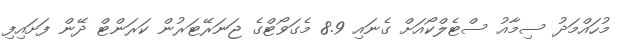
މުހައްމަދު ސިމާއު ސްޓެލްކޯއަށް ގެނައި 8.9 މެގަވޯޓްގެ ޖަނަރޭޓަރުން ކަރަންޓް ދޭން ފަށައިފި